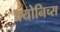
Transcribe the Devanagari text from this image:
क्र्योनिच्स